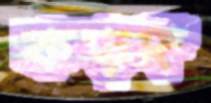
কড়ঙ্গ